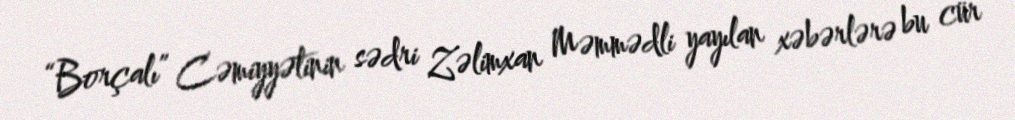
“Borçalı” Cəmiyyətinin sədri Zəlimxan Məmmədli yayılan xəbərlərə bu cür